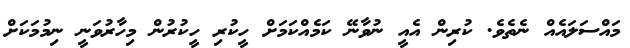
މައްސަލައެއް ނެތެވެ. ކުރިން އެއީ ނުވާނޭ ކަމެއްކަމަށް ހީކުރި ހީކުރުން މިހާރުވަނީ ނިމުމަކަށް